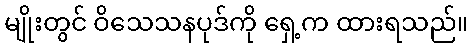
မျိုးတွင် ဝိသေသနပုဒ်ကို ရှေ့က ထားရသည်။